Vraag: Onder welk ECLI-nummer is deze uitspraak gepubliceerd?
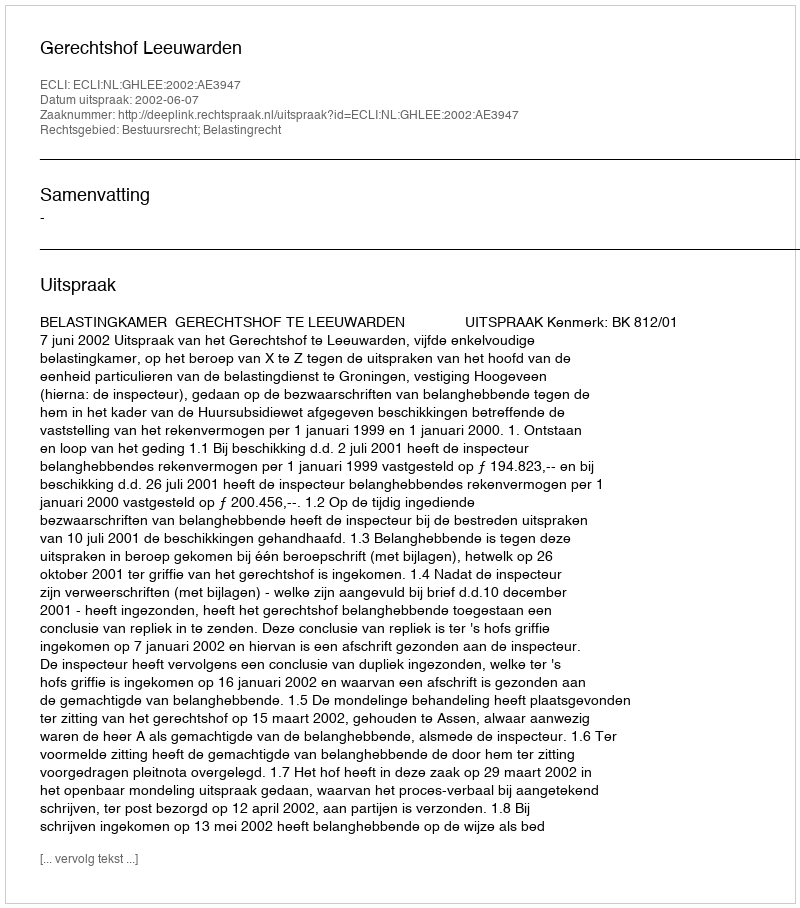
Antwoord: ECLI:NL:GHLEE:2002:AE3947